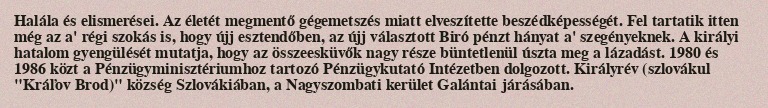
Halála és elismerései. Az életét megmentő gégemetszés miatt elveszítette beszédképességét. Fel tartatik itten még az a' régi szokás is, hogy újj esztendőben, az újj választott Biró pénzt hányat a' szegényeknek. A királyi hatalom gyengülését mutatja, hogy az összeesküvők nagy része büntetlenül úszta meg a lázadást. 1980 és 1986 közt a Pénzügyminisztériumhoz tartozó Pénzügykutató Intézetben dolgozott. Királyrév (szlovákul "Kráľov Brod)" község Szlovákiában, a Nagyszombati kerület Galántai járásában.